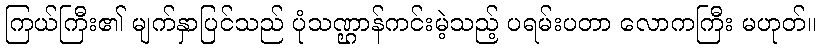
ကြယ်ကြီး၏ မျက်နှာပြင်သည် ပုံသဏ္ဌာန်ကင်းမဲ့သည့် ပရမ်းပတာ လောကကြီး မဟုတ်။